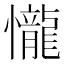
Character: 𢤱